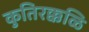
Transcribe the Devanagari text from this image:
कुतिरक्कळि